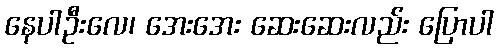
နေပါဦးလေ၊ အေးအေး ဆေးဆေးလည်း ပြောပါ